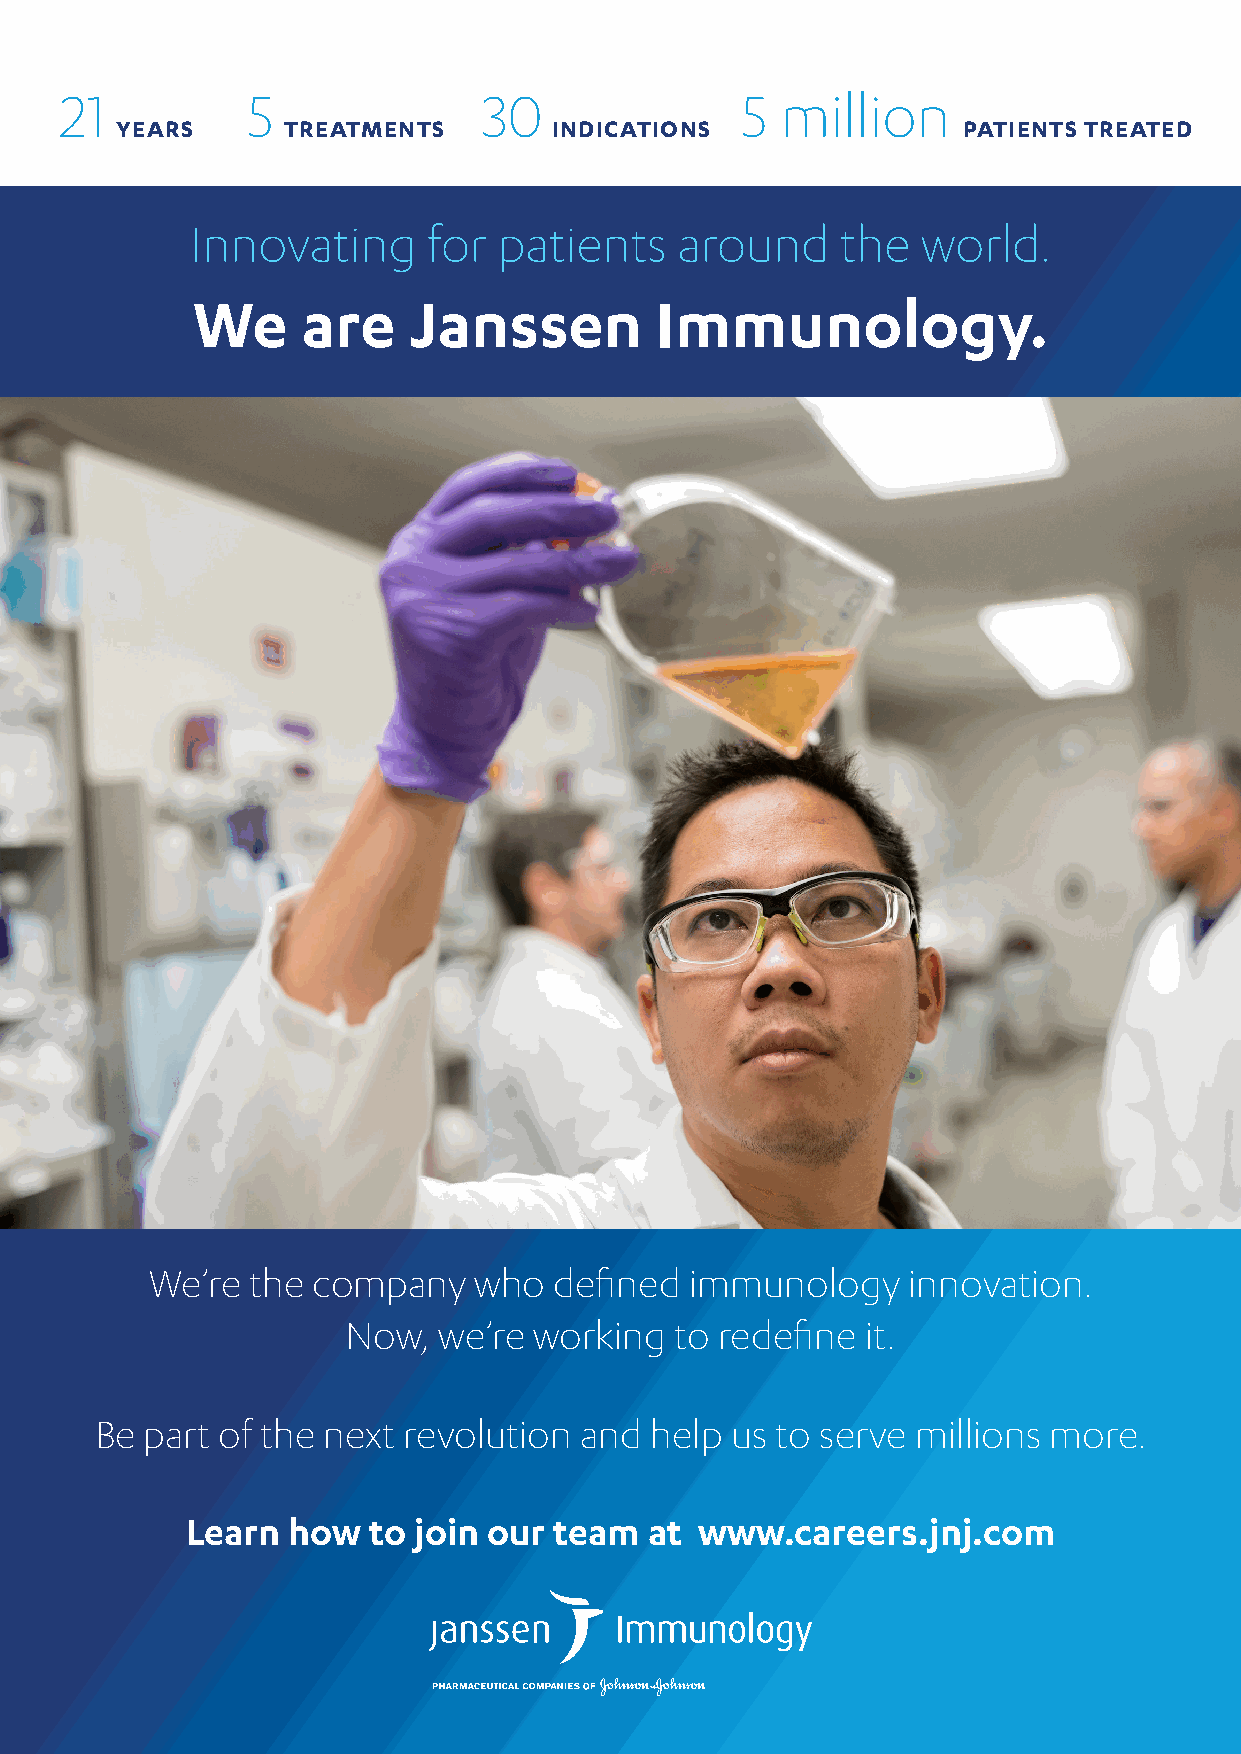
21          5               30               5  million
 YEARS      TREATMENTS        INDICATIONS                PATIENTS TREATED
 Innovating     for  patients    around     the  world.
 We     are    Janssen         Immunology.
 We’re  the company   who   defined  immunology    innovation.
 Now,  we’re working   to redefine it.
 Be  part of the next revolution and  help us to serve  millions more.
 Learn  how  to join our  team  at www.careers.jnj.com